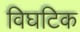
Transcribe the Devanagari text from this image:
विघटिक